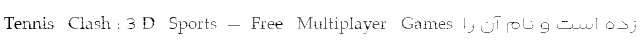
زده است و نام آن را Tennis Clash: 3D Sports – Free Multiplayer Games